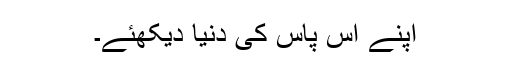
اپنے آس پاس کی دنیا دیکھئے۔